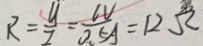
R = \frac { U } { I } = \frac { 6 V } { 0 . 5 A } = 1 2 \Omega